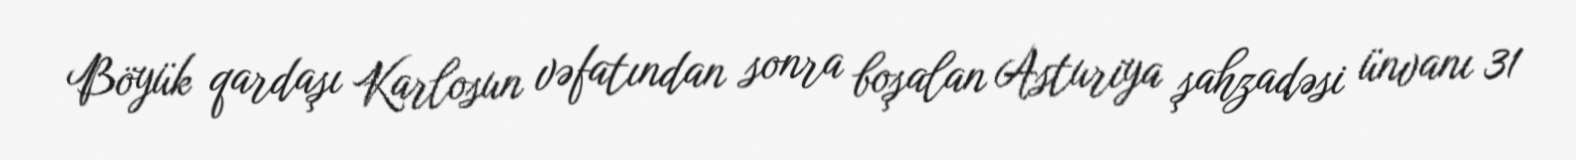
Böyük qardaşı Karlosun vəfatından sonra boşalan Asturiya şahzadəsi ünvanı 31